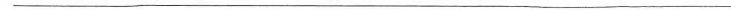
___